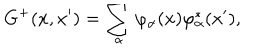
G ^ { + } ( x , x ^ { \prime } ) = \sum _ { \alpha } \varphi _ { \alpha } ( x ) \varphi _ { \alpha } ^ { \ast } ( x ^ { \prime } ) ,